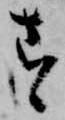
す